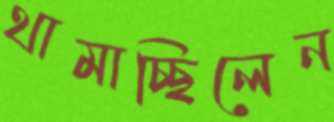
থামাচ্ছিলেন